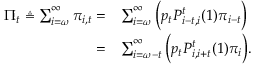
\begin{array} { r l } { \Pi _ { t } \triangleq \sum _ { i = \omega } ^ { \infty } \pi _ { i , t } = } & { \sum _ { i = \omega } ^ { \infty } \bigg ( p _ { t } P _ { i - t , i } ^ { t } ( 1 ) \pi _ { i - t } \bigg ) } \\ { = } & { \sum _ { i = \omega - t } ^ { \infty } \bigg ( p _ { t } P _ { i , i + t } ^ { t } ( 1 ) \pi _ { i } \bigg ) . } \end{array}